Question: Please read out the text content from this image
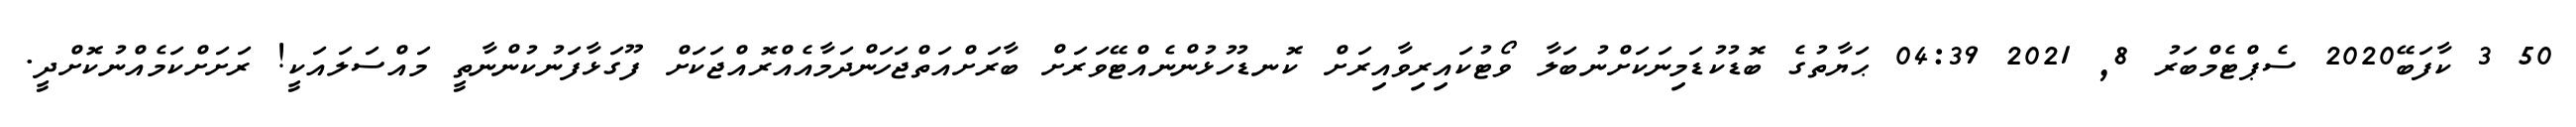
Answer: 50 3 ކާފަބޭ2020 ސެޕްޓެމްބަރު 8, 2021 04:39 ޙަޔާތުގެ ބޮޑުކުޑަމިނަކަށްނުބަލާ ވޯޓުކައިރިވާއިރަށް ކޮނޑުހުޅުންނެއްޓޭވަރަށް ބާރަށްއަތްޖަހަންދަމާއެއްރޮއްޖަކަށް ފޫގަޅާފަނުކުންނާތީ މައްސަލައަކީ! ރަށަށްކަމެއްނުކޮށްދީ.